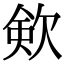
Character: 㰸